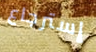
إسترجاع